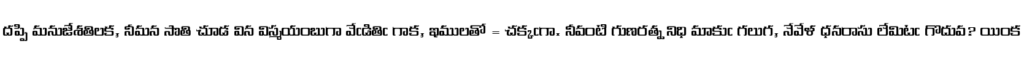
దప్పి మనుజేశతిలక, నీమన సొతి చూడ విన విస్మయంబుగా వేఁడితిఁ గాక, ఇములతో = చక్కఁగా. నీవంటి గుణరత్న నిధి మాకుఁ గలుగ, నేవేళ ధనరాసు లేమిటఁ గొదువ? యింక